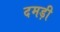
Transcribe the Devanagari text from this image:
दमड़ी